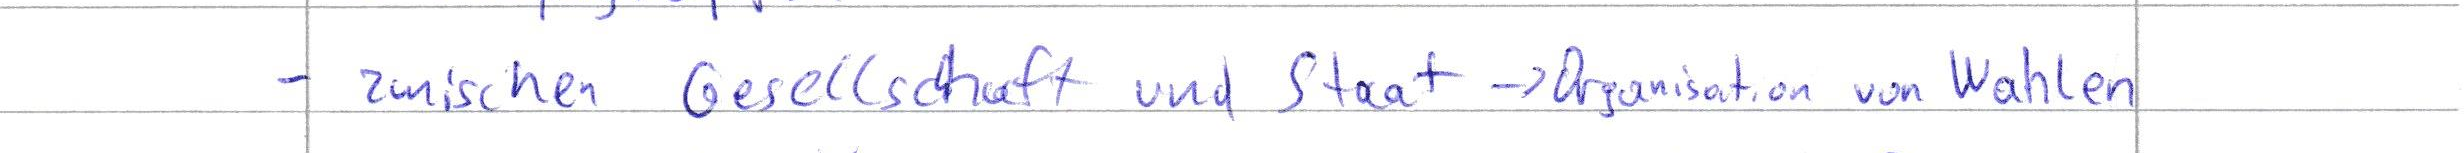
- zwischen Gesellschaft und Staat -> Organisation von Wahlen